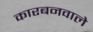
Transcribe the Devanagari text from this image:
कारबनवाले